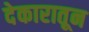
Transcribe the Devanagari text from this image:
देकारातून